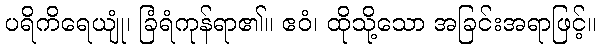
ပရိကိရေယျုံ၊ ခြံရံကုန်ရာ၏။ ဧဝံ၊ ထိုသို့သော အခြင်းအရာဖြင့်။